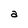
Character: a